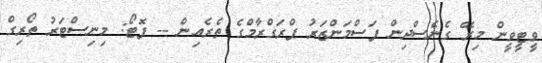
ވީޓީވީން މިރޭ ގެނެސްދިން ފަސްމަންޒަރު ޕްރަގްރާމްގެ ތެރެއިން -- ފޮޓޯ: މިނިސްޓަރު ތޯރިގް